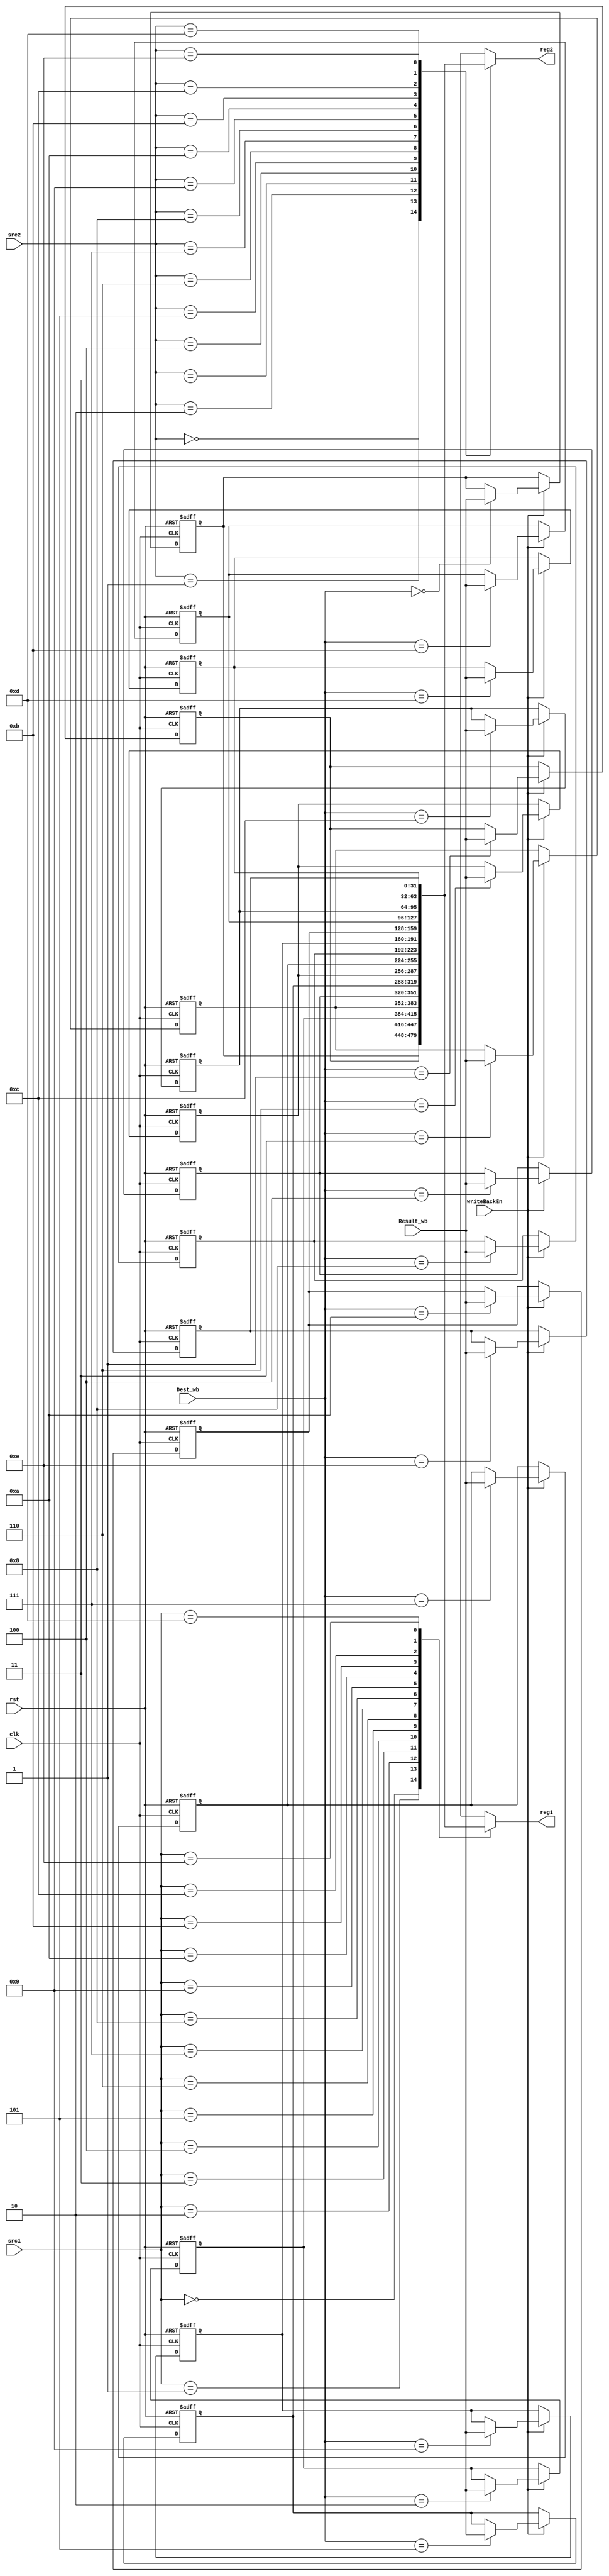

module RegisterFile #(
    parameter   ADDRESS_LEN = 4,
    parameter   SIZE = 15,
    parameter   DATA_LEN = 32
) (
    input  wire                         clk, rst,
    input  wire [ADDRESS_LEN - 1 : 0]   src1, src2, Dest_wb,
    input  wire [DATA_LEN - 1 : 0]      Result_wb,
    input  wire                         writeBackEn,
    output wire [DATA_LEN - 1 : 0]      reg1, reg2
);

    reg     [DATA_LEN - 1 : 0]  registers   [0 : SIZE - 1];

    assign reg1 = registers[src1];
    assign reg2 = registers[src2];

    integer i;
    always @(negedge clk or negedge rst) begin
        if(~rst) begin
            for(i = 0 ; i < SIZE; i = i + 1)
                registers[i] <= i;
        end
        else begin
            if(writeBackEn) begin
                registers[Dest_wb] <= Result_wb;
            end
        end
    end
    
endmodule